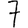
Digit: 7